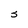
Character: S